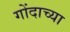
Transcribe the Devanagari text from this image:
गोंदाच्या